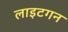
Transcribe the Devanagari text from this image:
लाइटगन